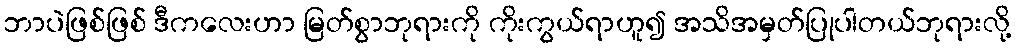
ဘာပဲဖြစ်ဖြစ် ဒီကလေးဟာ မြတ်စွာဘုရားကို ကိုးကွယ်ရာဟူ၍ အသိအမှတ်ပြုပါတယ်ဘုရားလို့